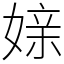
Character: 媇